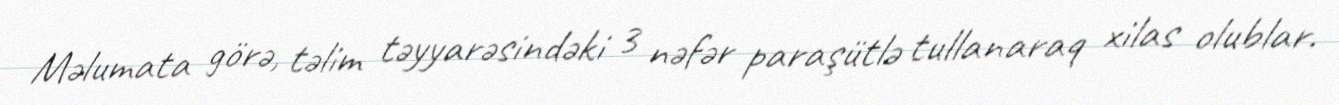
Məlumata görə, təlim təyyarəsindəki 3 nəfər paraşütlə tullanaraq xilas olublar.